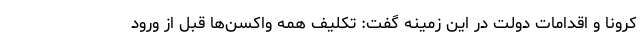
کرونا و اقدامات دولت در این زمینه گفت: تکلیف همه واکسن‌ها قبل از ورود